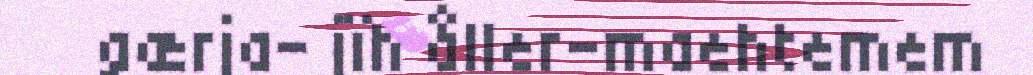
gærja- jïh åller-maehtemem